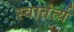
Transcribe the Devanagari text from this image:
स्वातंर्त्य